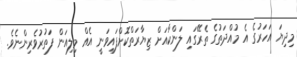
މިދިޔަ އަހަރުގެ އެ މުއްދަތުގެ ތެރޭގައި ލަންކާއަށް ޒިޔާރަތްކޮށްފައިވަނީ އެއް މިލިއަން ފަތުރުވެރިންނެވެ.